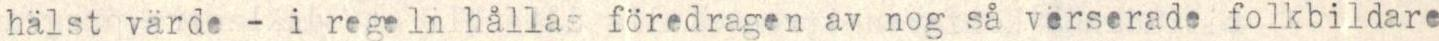
hälst värde - i regeln hållas föredragen av nog så verserade folkbildare